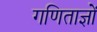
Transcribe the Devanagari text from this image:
गणिताज्ञों